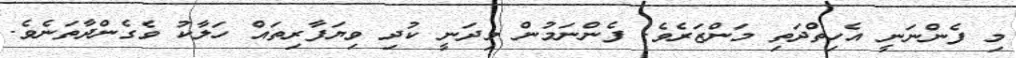
މި ފެންނަނީ އެހިތްދަތި މަންޒަރެވެ. ފެންނަމުން މިދަނީ ކުދި ވިޔަފާރިތައް ހަލާކު ވެގެންދާތަނެވެ.